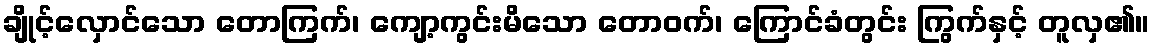
ချိုင့်လှောင်သော တောကြက်၊ ကျော့ကွင်းမိသော တောဝက်၊ ကြောင်ခံတွင်း ကြွက်နှင့် တူလှ၏။